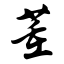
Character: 董